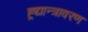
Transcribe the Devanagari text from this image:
ह्र्द्यान्त्रावरण